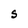
Character: S